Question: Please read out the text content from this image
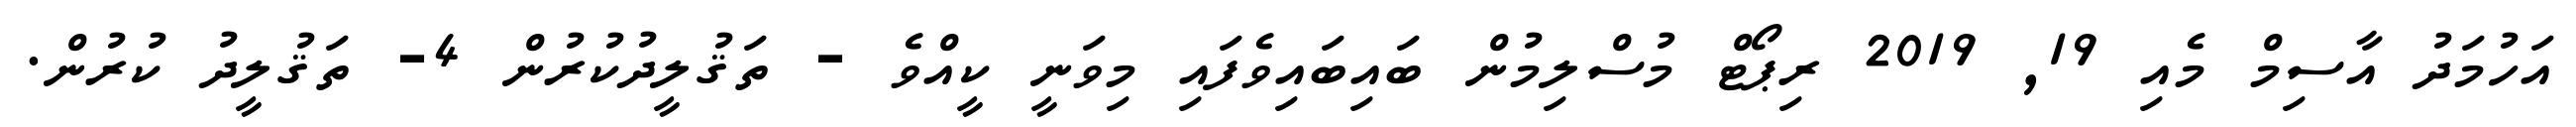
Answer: އަހުމަދު އާސިމް މެއި 19, 2019 ރިޕޯޓް މުސްލިމުން ބައިބައިވެފައި މިވަނީ ކީއްވެ - ތަޤުލީދުކުރުން 4- ތަޤުލީދު ކުރުން.